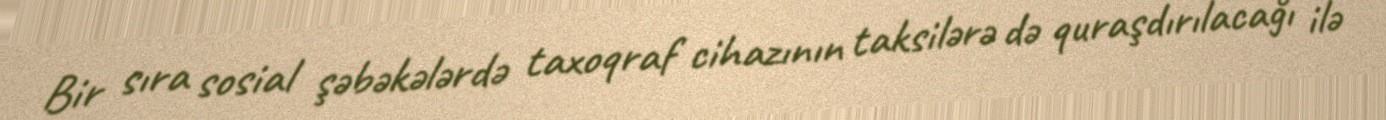
Bir sıra sosial şəbəkələrdə taxoqraf cihazının taksilərə də quraşdırılacağı ilə